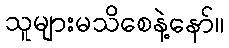
သူများမသိစေနဲ့နော်။